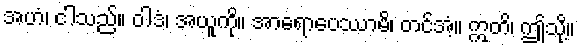
အဟံ၊ ငါသည်။ ဝါဒံ၊ အယူကို။ အာရောပေဿာမိ၊ တင်အံ့။ ဣတိ၊ ဤသို့။